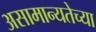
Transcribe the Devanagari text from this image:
असामान्यतेच्या